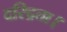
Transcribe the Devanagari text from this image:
दरिद्रता।